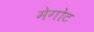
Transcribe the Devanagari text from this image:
मेगोट